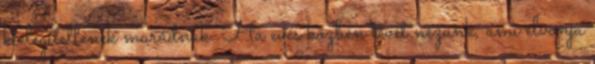
kielégítetlenek maradnak. Ha evés közben tévét nézünk, ami elvonja